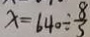
x = 6 4 0 \div \frac { 8 } { 3 }